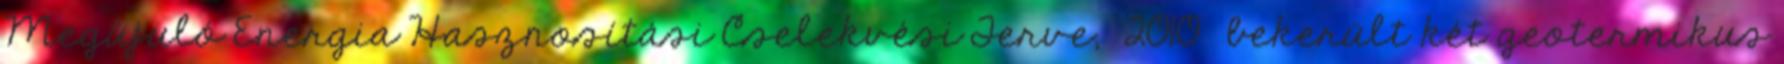
Megújuló Energia Hasznosítási Cselekvési Terve, 2010 bekerült két geotermikus